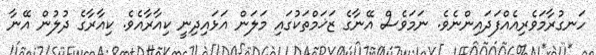
ހަނގުރާމަވެރިއެއްފަދައިންނެވެ. ނަމަވެސް އޭނާގެ ޒަޚަމްތަކުގައި މަލަން އަޅައިދިނީ ކިއާރާއެވެ. ކިއާރާގެ ދުލުން އޭނާ